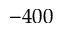
- 4 0 0